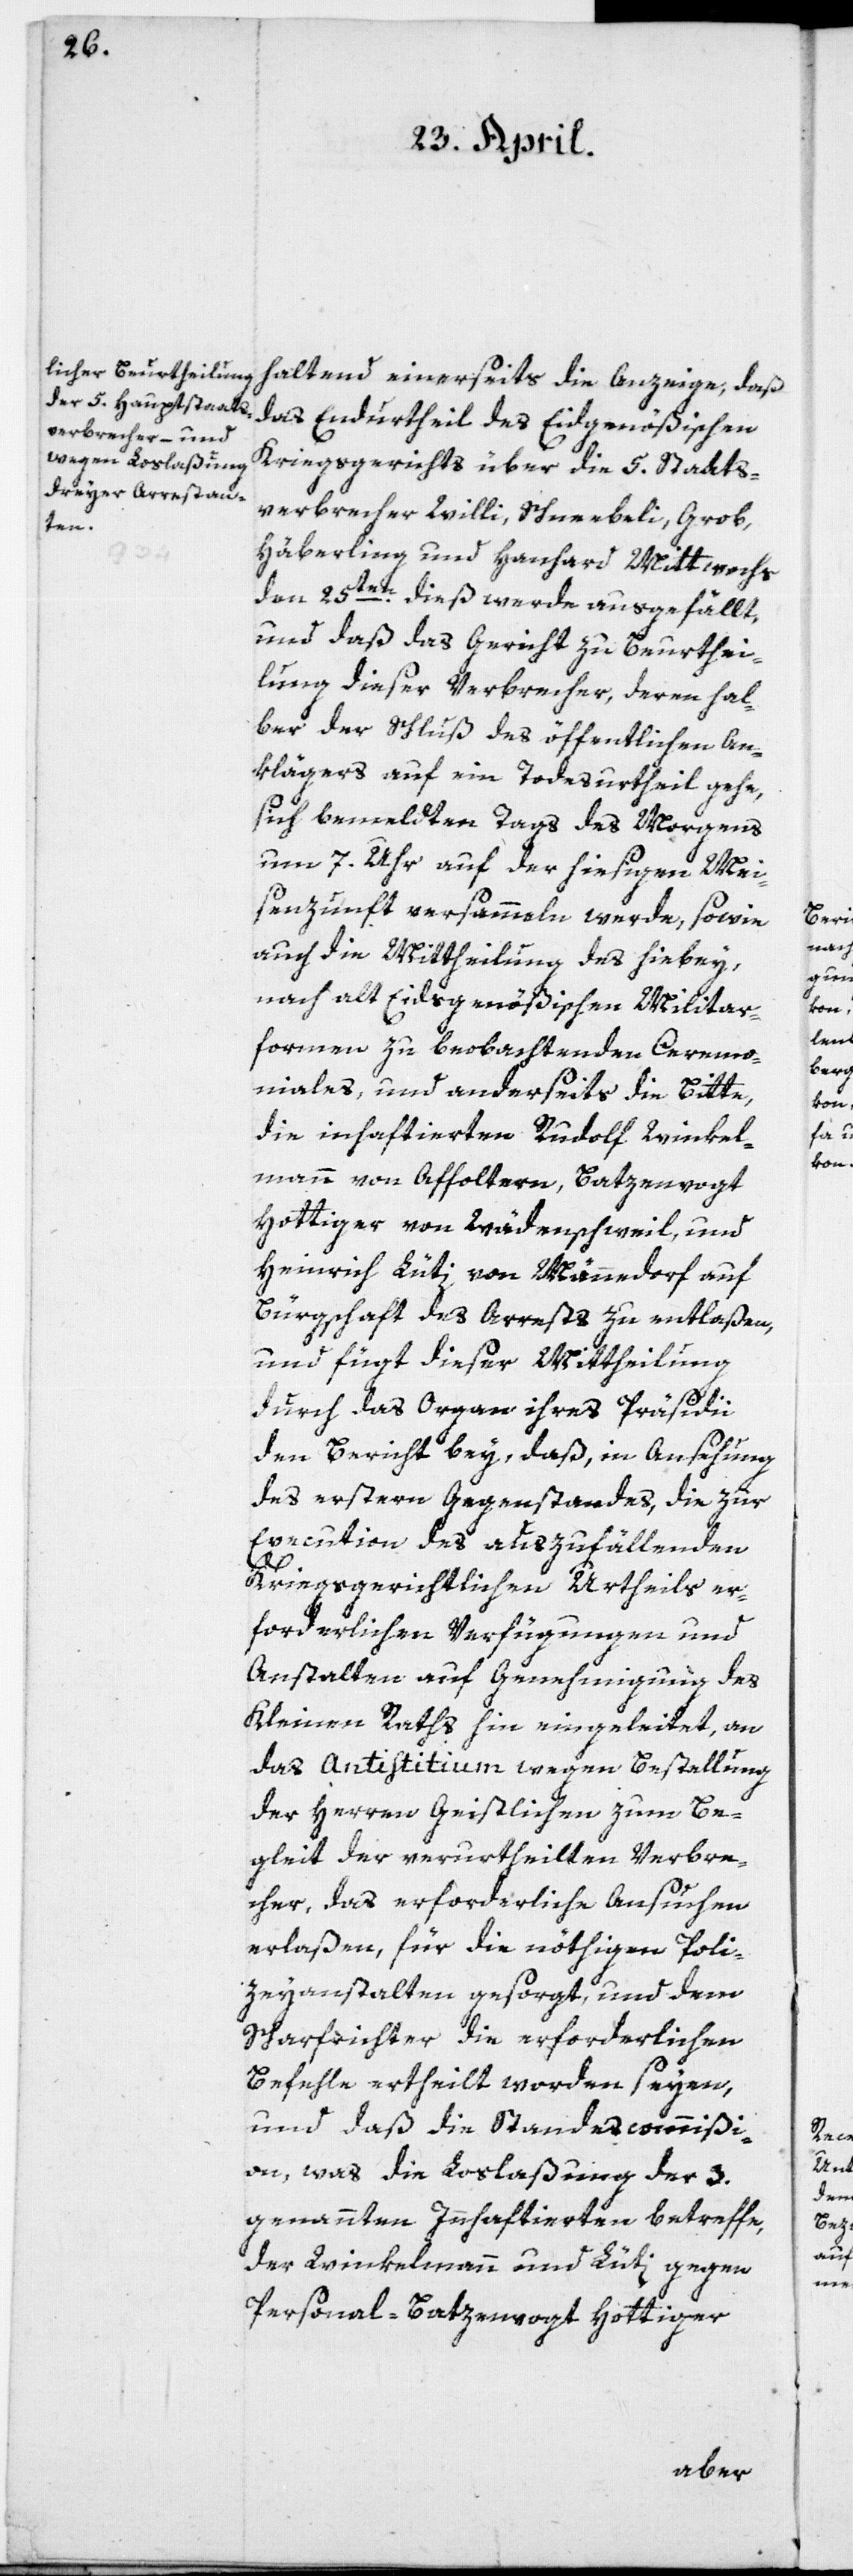
haltend einerseits die Anzeige, daß
das Endurtheil des Eidgenößischen
Kriegsgerichts über die 5. Staats¬
verbrecher Willi, Schneebeli, Grob,
Häberling und Hanhard Mittwoch
den 25ten dieß werde ausgefällt,
und daß das Gericht zu Beurthei¬
lung dieser Verbrecher, derenhal¬
ber der Schluß des öffentlichen An¬
klägers auf ein Todesurtheil gehe,
sich bemeldten Tags des Morgens
um 7. Uhr auf der hiesigen Mei¬
senzunft versammeln werde, sowie
auch die Mittheilung des hiebey,
nach alt Eidsgenößischen Militar¬
formen zu beobachtenden Ceremo¬
niales, und anderseits die Bitte,
die inhaftierten Rudolf Winkel¬
mann von Affoltern, Batzenvogt
Hottiger von Wädenschweil, und
Heinrich Lüti von Männedorf auf
Bürgschaft des Arrests zu entlaßen,
und fügt dieser Mittheilung
durch das Organ ihres Präsidii
den Bericht bey, daß, in Ansehung
des erstern Gegenstandes, die zur
Execution des auszufällenden
kriegsgerichtlichen Urtheils er¬
forderlichen Verfügungen und
Anstalten auf Genehmigung des
Kleinen Raths hin eingeleitet, an
das Antistitium wegen Bestellung
der Herren Geistlichen zum Be¬
gleit der verurtheilten Verbre¬
cher, das erforderliche Ansuchen
erlaßen, für die nöthigen Poli¬
zeyanstalten gesorgt, und dem
Scharfrichter die erforderlichen
Befehle ertheilt worden seyen,
und daß die Standescommißi¬
on, was die Loslaßung der 3.
genannten Inhaftierten betreffe,
der Winkelmann und Lüti gegen
Personal-Batzenvogt Hottiger